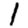
Digit: 1